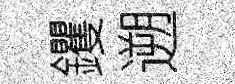
钁遡